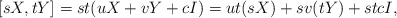
\begin{align*}[sX,tY] = st(uX+vY+cI) = ut(sX) + sv(tY)+stcI,\end{align*}